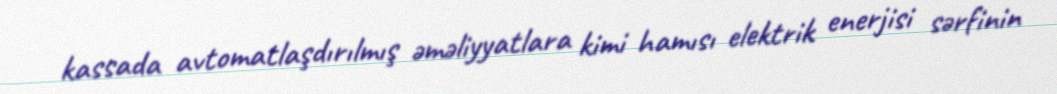
kassada avtomatlaşdırılmış əməliyyatlara kimi hamısı elektrik enerjisi sərfinin